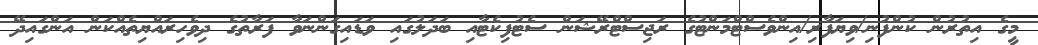
މީގެ އިތުރުން ކުންފުނި/ވިޔަފާރި/އިންވެސްޓްމަންޓުގެ ރަޖިސްޓްރޭޝަން ސެޓުފިކެޓާއި ބަދަލުގައި ވަޑައިގަންނަވާ ފަރާތުގެ ދިވެހިރައްޔިތެއްކަން އަންގައިދޭ